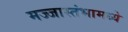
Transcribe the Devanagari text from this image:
मज्जास्तंभामध्ये